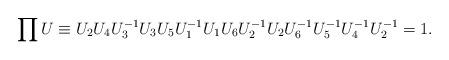
LaTeX: \begin{align*}\prod U \equiv U_2U_4U^{-1}_3U_3U_5U^{-1}_1U_1U_6U^{-1}_2 U_2U^{-1}_6U^{-1}_5U^{-1}_4U^{-1}_2 = 1. \end{align*}